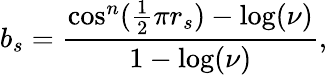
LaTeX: b_{s}=\frac{\cos^{n}(\frac{1}{2}\pi r_{s})-\log(\nu)}{1-\log({\nu})},